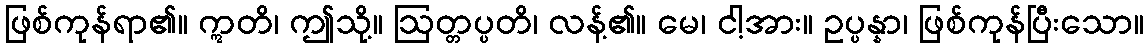
ဖြစ်ကုန်ရာ၏။ ဣတိ၊ ဤသို့။ ဩတ္တပ္ပတိ၊ လန့်၏။ မေ၊ ငါ့အား။ ဥပ္ပန္နာ၊ ဖြစ်ကုန်ပြီးသော။